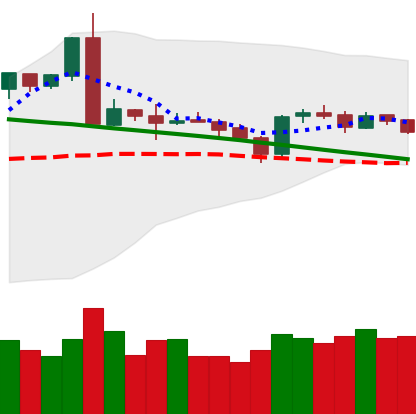
Ticker: ETH-USD
Chart end date: 2019-03-11
Forward return: 6.399%
Label: up_5_7